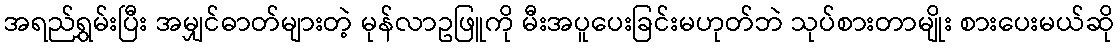
အရည်ရွှမ်းပြီး အမျှင်ဓာတ်များတဲ့ မုန်လာဥဖြူကို မီးအပူပေးခြင်းမဟုတ်ဘဲ သုပ်စားတာမျိုး စားပေးမယ်ဆို